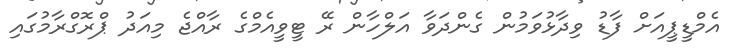
އެމްޑީޕީއަށް ފާޑު ވިދާޅުވަމުން ގެންދަވާ އަލްހާން ރޭ ޓީވީއެމްގެ ރާއްޖެ މިއަދު ޕްރޮގްރާމުގައި